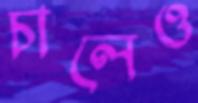
চালেও